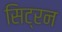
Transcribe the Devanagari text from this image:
सिट्रन